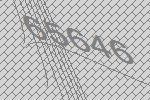
65646